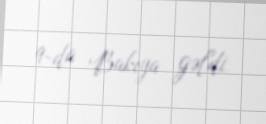
9-da Bakıya gəldi.